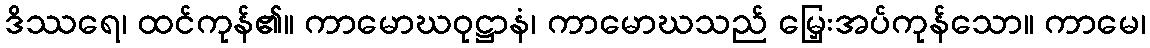
ဒိဿရေ၊ ထင်ကုန်၏။ ကာမောဃဝုဋ္ဌာနံ၊ ကာမောဃသည် မြှေးအပ်ကုန်သော။ ကာမေ၊